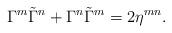
LaTeX: \begin{align*}\Gamma^m\tilde\Gamma^n+\Gamma^n\tilde\Gamma^m=2\eta^{mn}.\end{align*}